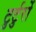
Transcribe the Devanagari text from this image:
टुर्टुर्रो